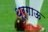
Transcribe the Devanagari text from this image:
थुर्गाऊ